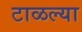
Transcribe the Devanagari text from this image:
टाळल्या